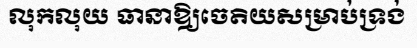
លុកលុយ ធានាឱ្យចេតិយសម្រាប់ទ្រង់